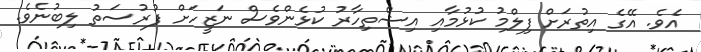
އެވެ. އޭގެ އިތުރަށް ފިލްމު ކުޅުމާއި އިޝްތިހާރު ކުޅެންވެސް ނަޒީހަށް ފުުރުސަތު ލިބުނެވެ.